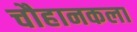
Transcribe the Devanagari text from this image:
चौहानकला